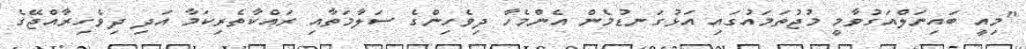
"މިއީ ބައިނަލްއަގުވާމީ މުޖުތަމައުގައި އަޅުގަނޑުމެން އެންމެހާ ދިވެހިންގެ ސަލާމަތާއި ރައްކާތެރިކަމާ އަދި ދިވެހިރާއްޖޭގެ